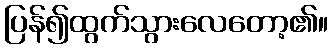
ပြန်၍ထွက်သွားလေတော့၏။